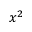
x ^ { 2 }